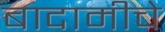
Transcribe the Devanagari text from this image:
बादामीचे